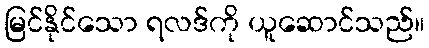
မြင်နိုင်သော ရလဒ်ကို ယူဆောင်သည်။